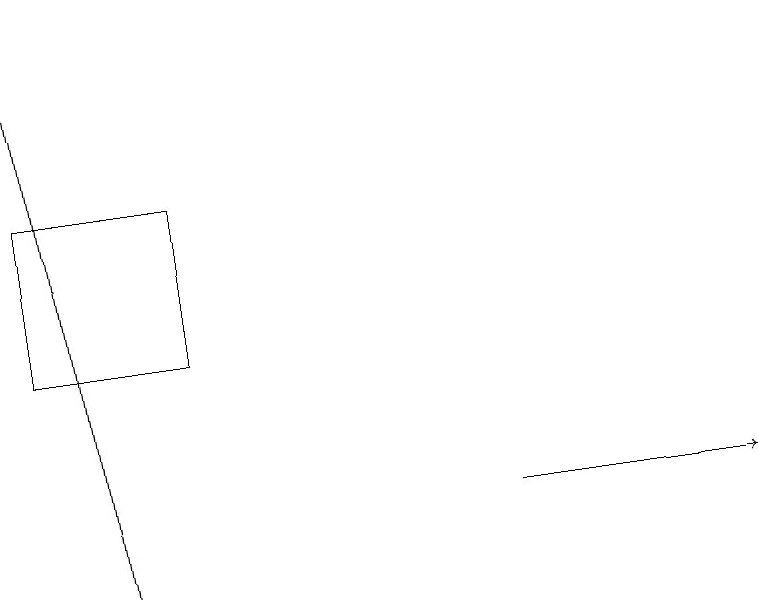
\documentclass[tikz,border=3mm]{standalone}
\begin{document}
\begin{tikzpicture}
\draw[->] (6,12) -- (9,12);
\draw[->] (1,11) -- (0,18);
\draw (2,14) rectangle (0,16);
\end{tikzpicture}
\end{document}